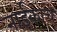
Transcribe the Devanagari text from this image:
नाईकाचे